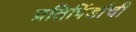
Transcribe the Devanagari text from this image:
प्रतिपिंडांची